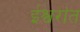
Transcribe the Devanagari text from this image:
ईश्वरांत